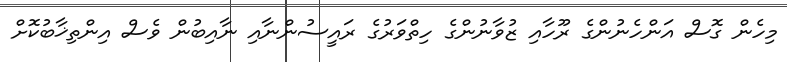
މިހެން ގޮސް އަންހެނުންގެ ރޫހާއި ޒުވާނުންގެ ހިތްވަރުގެ ރައީސުންނާއި ނާއިބުން ވެސް އިންތިޚާބުކޮށް